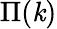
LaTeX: {\Pi(\mathit{k})}